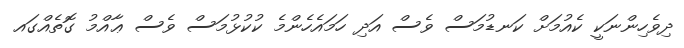
ދިވެހިންނަކީ ކެއުމަށް ކަނޑުމަސް ވެސް އަދި ހަމައެހެންމެ ކުކުޅުމަސް ވެސް ޢާއްމު ގޮތެއްގައ